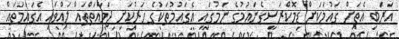
އަރަބި އެތަށް ގައުމަކަށް ޑިމޮކްރަސީގެނައުމުގެ ނަމުގައި އެގައުމުތަކުގެ ހަރުކަށި ޖަމާއަތްތައް ލައްވައި އެގައުމުތައް